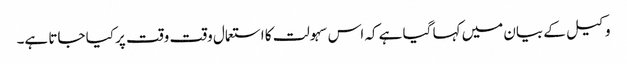
وکیل کے بیان میں کہا گیا ہے کہ اس سہولت کا استعمال وقت وقت پر کیا جاتا ہے۔